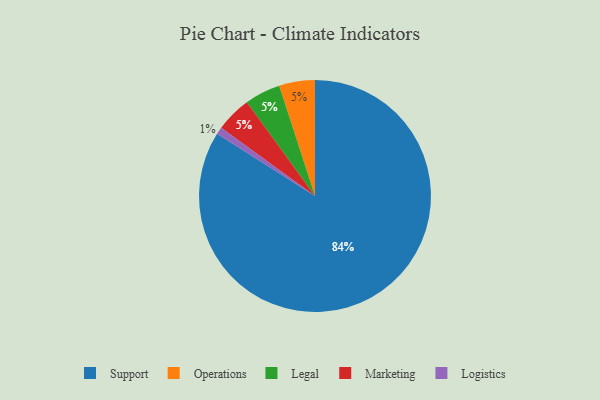
{"axis": {"x": "Category", "y": "Percentage"}, "legend": ["Legal", "Logistics", "Marketing", "Operations", "Support"], "data": [{"x": "Support", "y": 84, "type": "Support"}, {"x": "Logistics", "y": 1, "type": "Logistics"}, {"x": "Operations", "y": 5, "type": "Operations"}, {"x": "Legal", "y": 5, "type": "Legal"}, {"x": "Marketing", "y": 5, "type": "Marketing"}]}